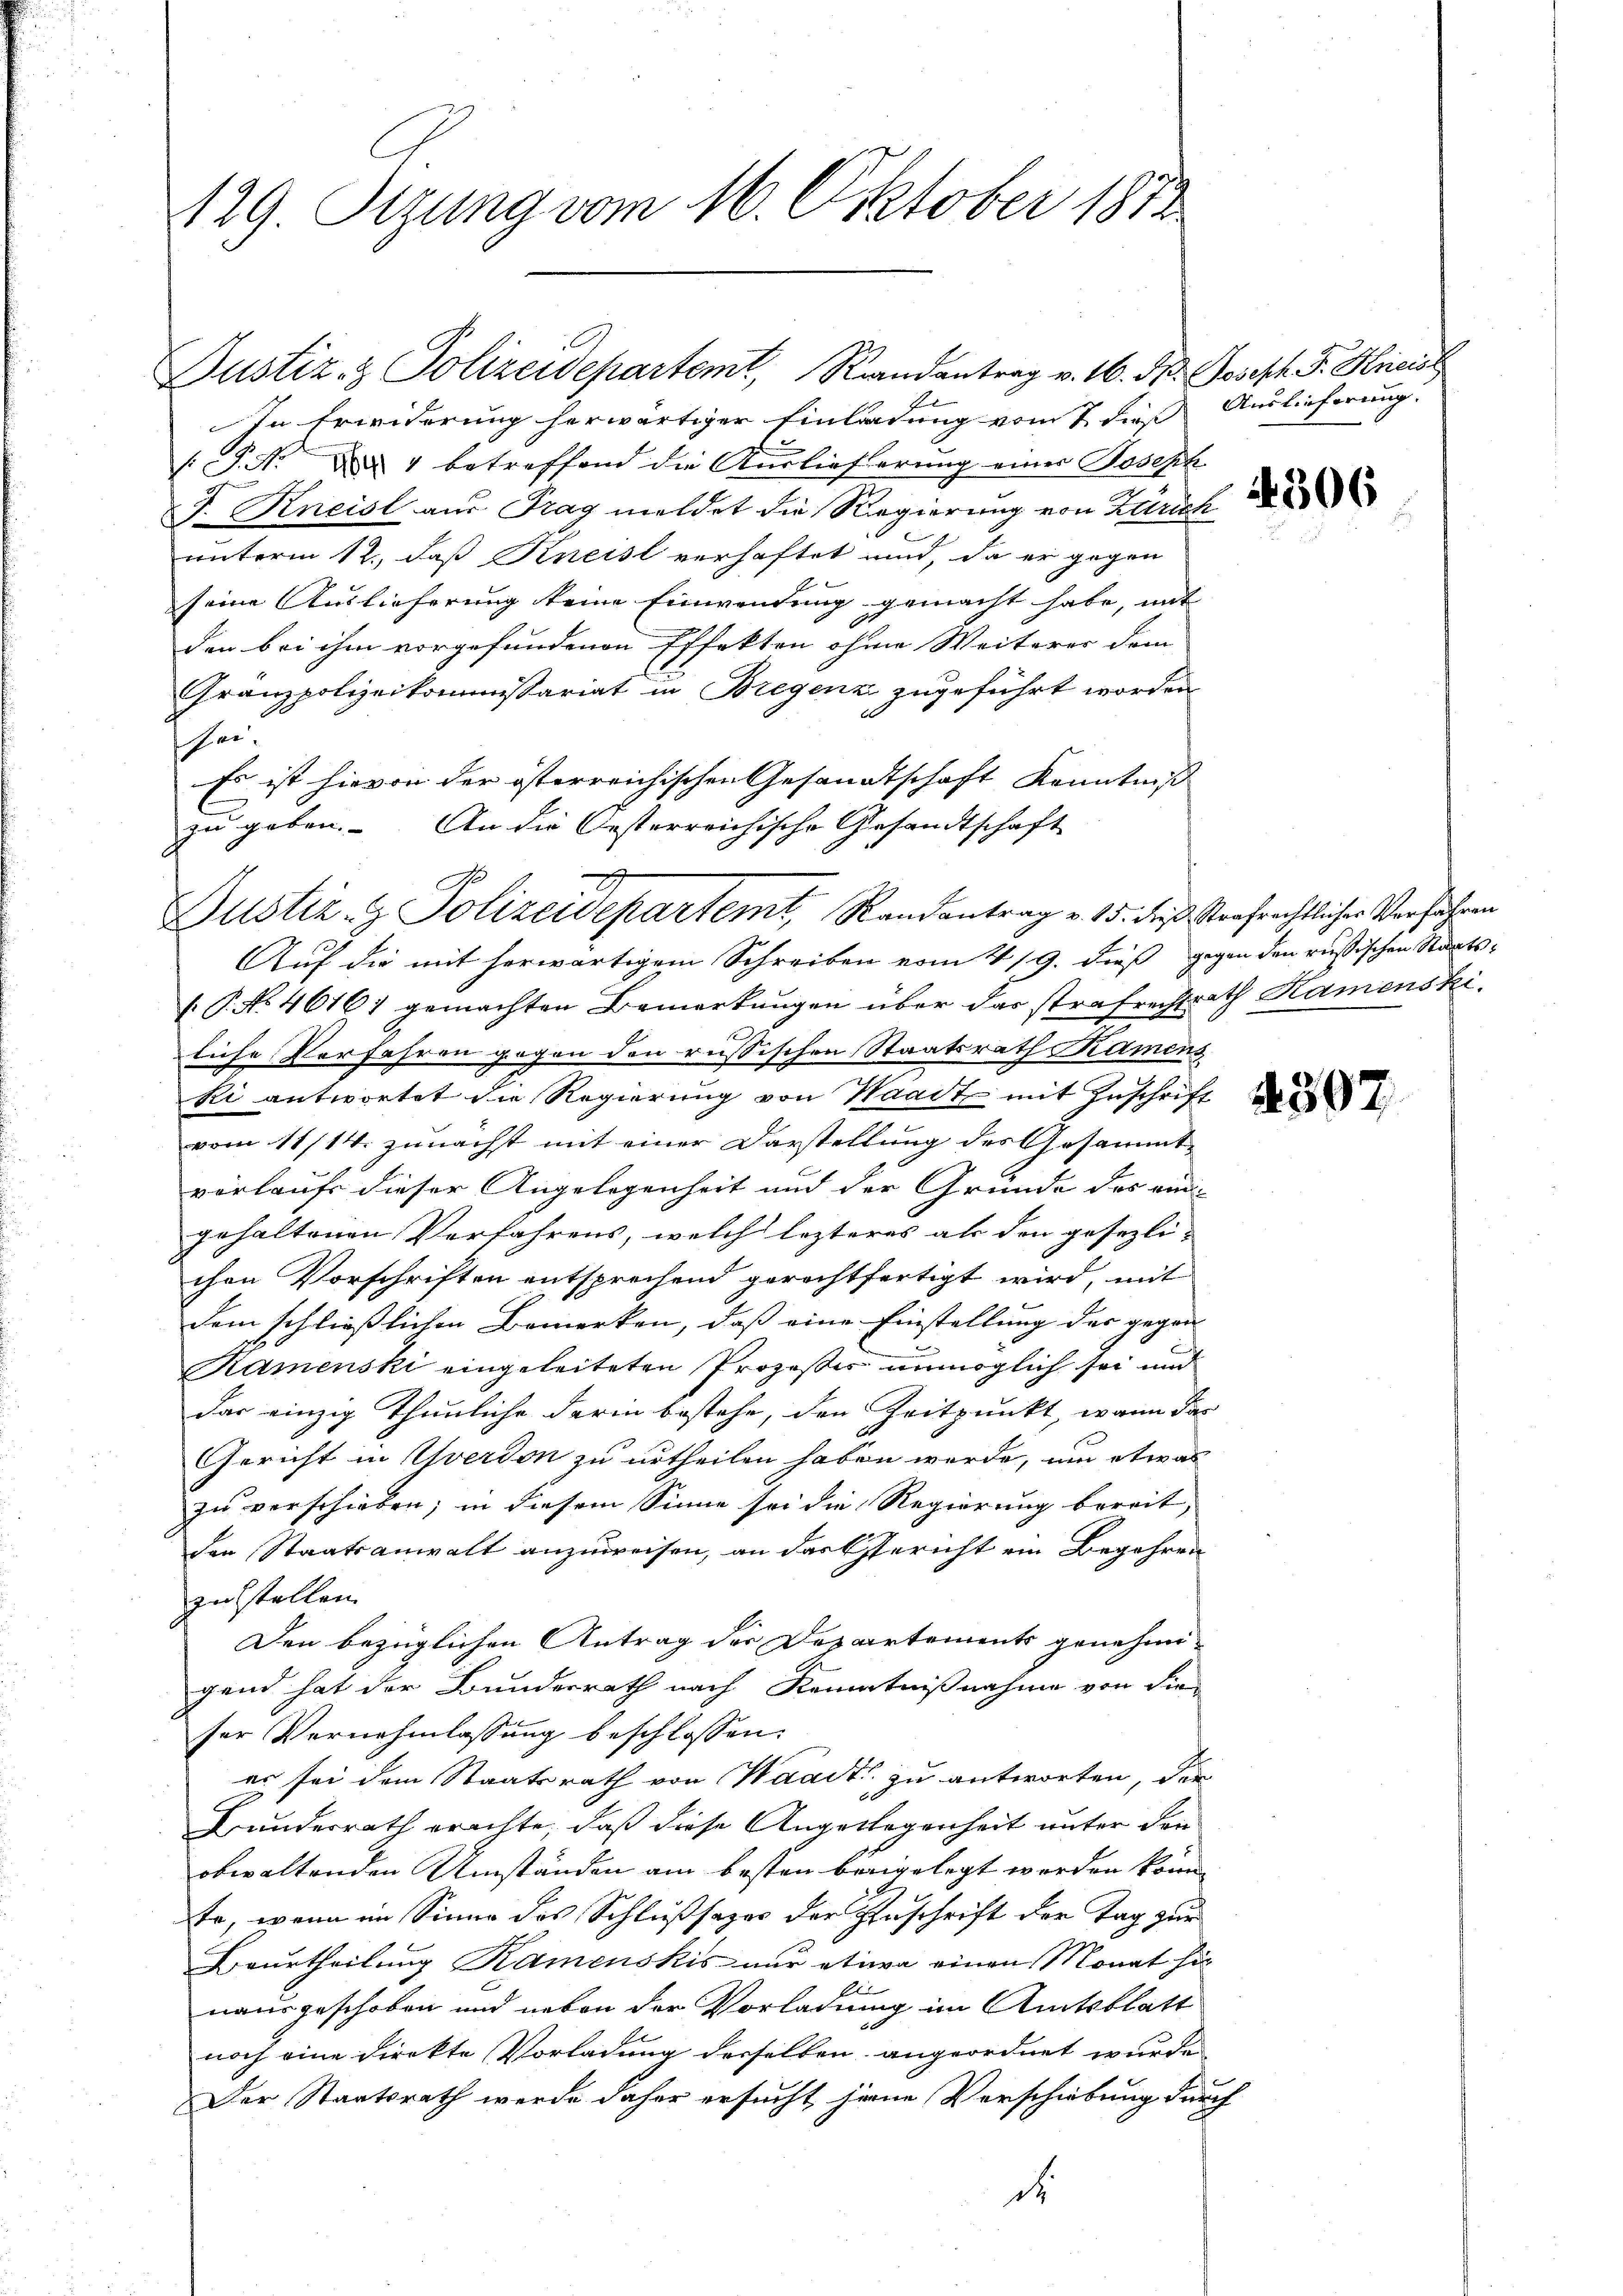
129. Sizung vom 16. Oktober 1812

Fel
In Erwiderung herwärtiger Einladung vom 7 dieß Auslieferung.
P.N. ad 1 betreffend die Auslieferung einer Joseph
J. Kneisl aus Frag meldet die Regierung von Kunst
unterm 12. daß Kneist verhaftet und, da er gegen
seine Auslieferung keine Einwendung gemacht habe, mit
den bei ihm vorgefundenen Effekten ohne Weiterer dem
Granzpolizeikommissariat in Bregenz zugeführt worden
hee.
Es ist hievon der österreichischen Gesandtschaft Kenntniß
zu geben. An die Oesterreichische Gesandtschaft |
Auf die mit herwärtigem Schreiben vom 4/9. dieß gegen den russischen Staats¬
(. P. No 46161 gemachten Bemerkungen über das strafrechtsrath Hamenski
liche Verfahren gegen den russischen Staatsrath Kamens
ki antwortet die Regierung von Waadt mit Zuschrift
vom 11/14. zunächst mit einer Darstellung des Gesammtvorlaufe dieser Angelegenheit und der Gründe des ein
gehaltenen Verfahrens, welch lezteres als den gesezli-
chen Vorschriften entsprechend gerechtfertigt wird, mit
dem schließlichen Bemerken, daß eine Einstellung der gegen-
Ramenski eingeleiteten Prozeßes unmöglich sei und
das einzig thunliche darin bestehe, den Zeitpunkt, wann das
Gericht in Yverdon zu urtheilen haben werde, um etwas
zu verschieben; in diesem Sinne sei die Regierung bereit,
den Staatsanwalt anzuweisen, an das Gericht ein Begehren
zustellen.
Den bezüglichen Antrag der Departements genehmigend hat der Bunderrath nach Kenntnißnahme von die
ser Vernehmlassung beschlossen:
es sei dem Staatsrath von Waadt zu antworten, die
Bundesrath erachte, daß diese Angelegenheit unter den
obwaltenden Umständen am besten beigelegt worden könn
Er, wenn im Sinne des Schlußsazer der Zuschrift der Tag zur
Beurtheilung Ramenskis nur etwa einen Monat sie
1
nausgeschoben und neben der Vorladung im Amtsblatt
noch eine direkte Vorladung derselben angeordnet wurde
Der Staatsrath werde daher ersucht jene Vorschiebung der
d

Justiz- & Polizeidepartemt, Randantrag v. 16. d. Joseph F. Kreist

x
A
Justiz- & Polizeidepartemt, Randantrag v. 15. dies Strafrechtlicher Verfahren

4597